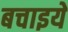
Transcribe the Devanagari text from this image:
बचाइये